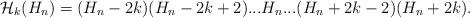
LaTeX: \begin{align*}{\cal H}_k(H_n)=(H_n-2k)(H_n-2k+2)...H_n...(H_n+2k-2)(H_n+2k).\end{align*}